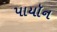
પાયૉન